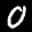
Label: 0